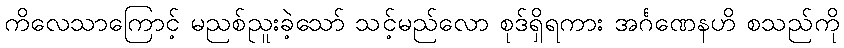
ကိလေသာကြောင့် မညစ်ညူးခဲ့သော် သင့်မည်လော စုဒ်ရှိရကား အင်္ဂဏေနဟိ စသည်ကို